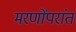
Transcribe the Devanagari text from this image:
मरणोंपरांत